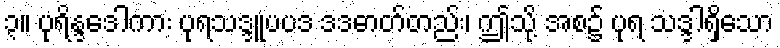
၃။ ပုရိန္ဒဒေါကား ပုရသဒ္ဒူပပဒ ဒဒဓာတ်တည်း၊ ဤသို့ အစ၌ ပုရ သဒ္ဒါရှိသော